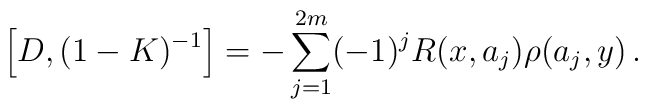
\left[D,(1-K)^{-1}\right]=-\sum_{j=1}^{2m} (-1)^j  R(x,a_j) \rho(a_j,y)\,.